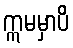
ဣမမှာပိ